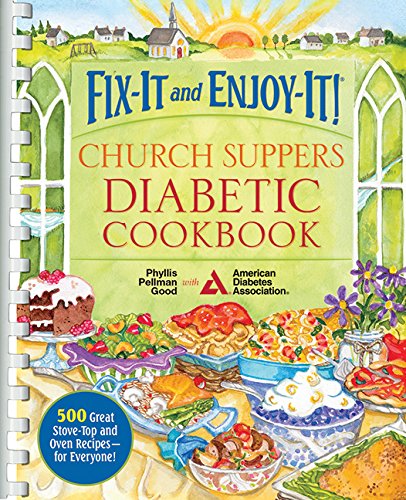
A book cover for Fix-It and Enjoy-It! Church Suppers Diabetic Cookbook: 500 Great Stove-Top And Oven Recipes-- For Everyone!; Phyllis Good; Cookbooks, Food & Wine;